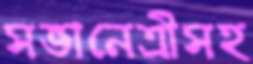
সভানেত্রীসহ